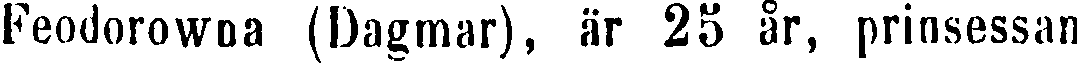
Feodorowna (Dagmar), är 25 år, prinsessan